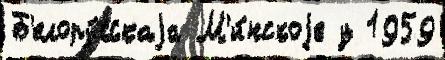
Б'елору́сскаjа М'и́нскоjе у 1959